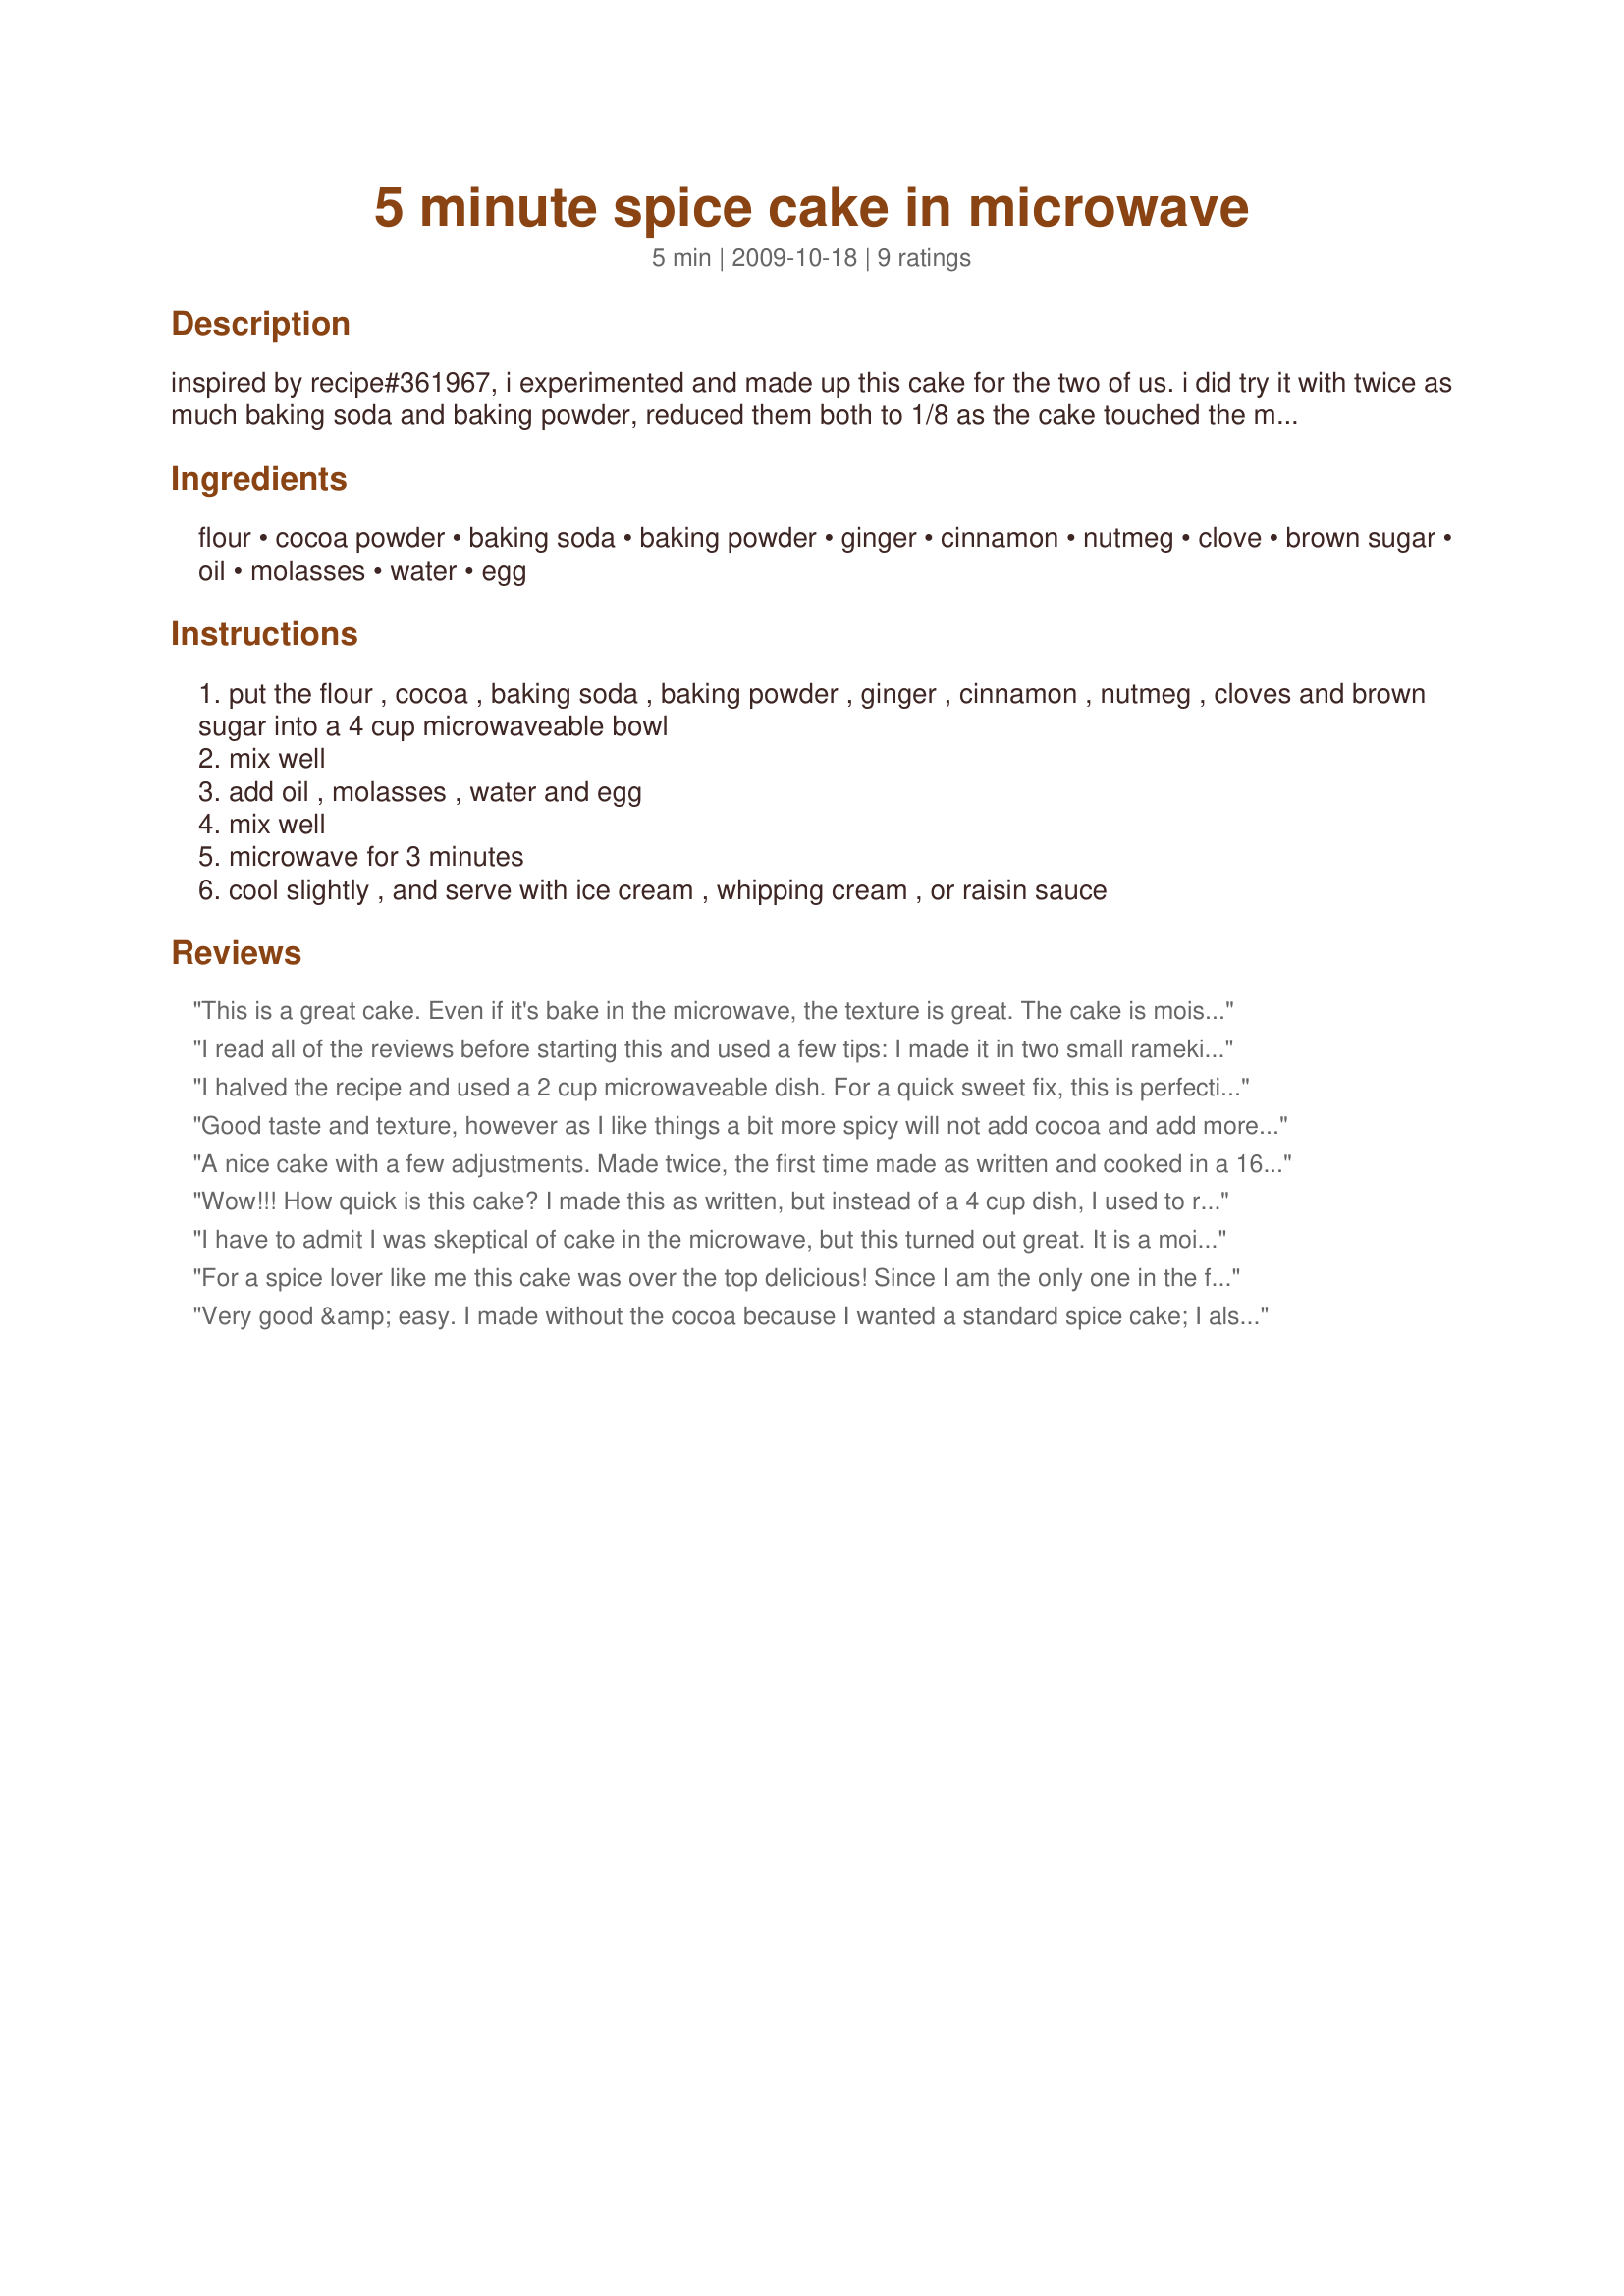
5 minute spice cake in microwave
Preparation time: 5 minutes

inspired by recipe#361967, i experimented and made up this cake for the two of us. i did try it with twice as much baking soda and baking powder, reduced them both to 1/8 as the cake touched the microwave "ceiling" and started to curve down; tasted fine but sure looked bizaar. think it needs these ingredients to get a cake texture. i doubt that this recipe can be reduced and work out. thank you especially to debbwl and diner524 for trying to help me improve this recipe for two.

Ingredients:
flour, cocoa powder, baking soda, baking powder, ginger, cinnamon, nutmeg, clove, brown sugar, oil, molasses, water, egg

Steps:
put the flour , cocoa , baking soda , baking powder , ginger , cinnamon , nutmeg , cloves and brown sugar into a 4 cup microwaveable bowl
mix well
add oil , molasses , water and egg
mix well
microwave for 3 minutes
cool slightly , and serve with ice cream , whipping cream , or raisin sauce

Reviews:
This is a great cake. Even if it's bake in the microwave, the texture is great. The cake is moist. And the taste is very good. It's a bit too sweet for me. So I'll use half sugar next time. Thanks WiGal :) Made for Holiday tag
I read all of the reviews before starting this and used a few tips: I made it in two small ramekins instead of a single container, upped the spice a bit and topped it still warm with homemade sugar free cinnamon ice cream. What a quick and yummy treat. Thanks hon :D
I halved the recipe and used a 2 cup microwaveable dish. For a quick sweet fix, this is perfection! The cinnamon was a bit strong for me, so next time I'll reduce it just a tiny bit. Enjoyed this with ice cream on top. Thanks for sharing!
Good taste and texture, however as I like things a bit more spicy will not add cocoa and add more spices when I make it next time. Put a small layer of icing on top, but will leave it off next time.
A nice cake with a few adjustments. Made twice, the first time made as written and cooked in a 16 oz. mug. The top and middle were done and the bottom was cooked but wet (over steamed). We also thought the flavor was a little off the first time. As written the cake was only a three star. The second time increased the spice using 1/16 teaspoon of both nutmeg and cloves. Also increased the cinnamon to 1 teaspoon. Next cooked in a 4 cup bowl for three minutes. Those few changes brought this up to a four star as they greatly improved the flavor and texture. This cake is just ok eaten alone, it really dose need some whipped cream or a sauce drizzled over it.
Wow!!! How quick is this cake? I made this as written, but instead of a 4 cup dish, I used to ramkins, that I buttered before pouring in the batter, then I cooked for 2 minutes on high and that worked perfectly!! The only other change I made was to use 1 1/4 teaspoons of both ginger and cinnamon. Next time I would use 1 tsp of ginger and 1 1/2 of the cinnamon, as this was quite spicy for a cake. Thanks for sharing the quick dessert recipe!!! Made for 123 Tag Game.
I have to admit I was skeptical of cake in the microwave, but this turned out great. It is a moist cake similar to the way a self-saucing pudding cake turns out (without the sauce). I made exactly as written. The spices were just right. Delicious served very warm (I only cooled about 5 minutes) with some ice cream. Like a brownie sundae! Made for Spring 2010 PAC.
For a spice lover like me this cake was over the top delicious! Since I am the only one in the family who truly appreciates spice cake this recipe is perfect as I can make just a small portion for me to enjoy. I used Diner's hint and used ramekins to make two smaller cakes and they turned out so perfect! Thanks for sharing your wonderful recipe with us all.
Very good &amp; easy. I made without the cocoa because I wanted a standard spice cake; I also used more nutmeg because it is my fave spice. Drizzled a butter/sugar icing, which soaked in (good in my book). This microwave cake turned out much better than a chocolate-mug-cake recipe I once used.
